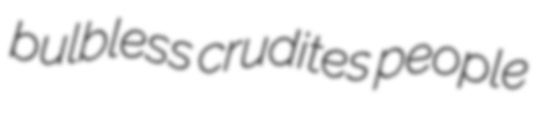
bulbless crudites people